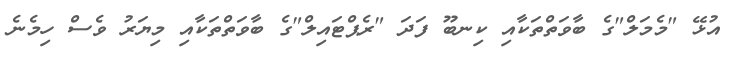
އުޅޭ "މެމަލް"ގެ ބާވަތްތަކާއި ކިނބޫ ފަދަ "ރެޕްޓައިލް"ގެ ބާވަތްތަކާއި މިޔަރު ވެސް ހިމެނެ